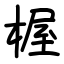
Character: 楃